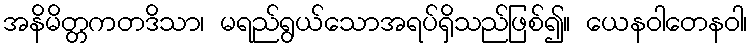
အနိမိတ္တကတဒိသာ၊ မရည်ရွယ်သောအရပ်ရှိသည်ဖြစ်၍။ ယေနဝါတေနဝါ၊